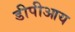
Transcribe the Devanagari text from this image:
डीपीआय